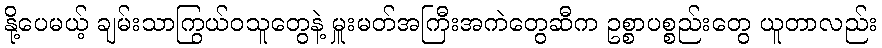
နို့ပေမယ့် ချမ်းသာကြွယ်ဝသူတွေနဲ့ မှူးမတ်အကြီးအကဲတွေဆီက ဥစ္စာပစ္စည်းတွေ ယူတာလည်း